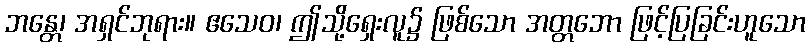
ဘန္တေ၊ အရှင်ဘုရား။ ဧသေဝ၊ ဤသို့ရှေးလူ၌ ဖြစ်သော အတ္တဘော ဖြင့်ပြခြင်းဟူသော